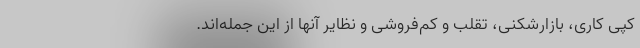
کپی کاری، بازارشکنی، تقلب و کم‌فروشی و نظایر آنها از این جمله‌اند.